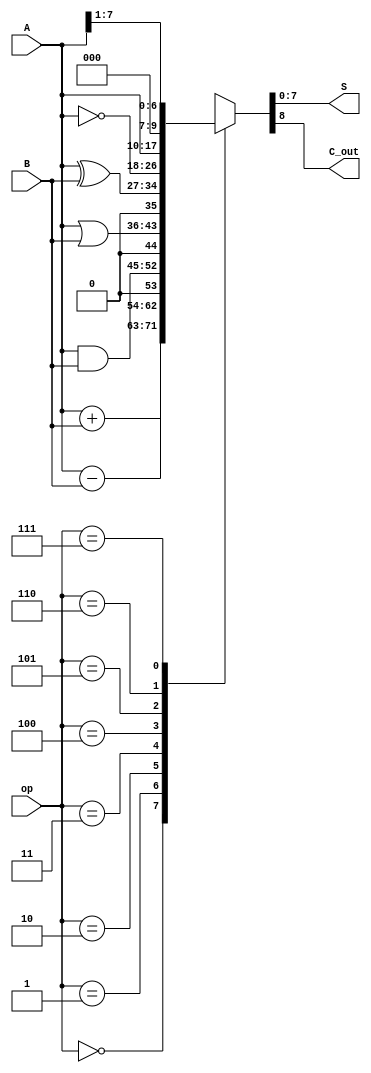
/* ALU 8bit */
module ALU(A, B, op, S, C_out);

input [7:0] A, B;
input [2:0] op;
output [7:0] S;
output C_out;

wire [7:0] A, B, S;
wire [2:0] op;
wire C_out;

assign {C_out, S} = dec(op, A, B);

function [8:0] dec;
    input [2:0] op;
    input [7:0] A, B;

    case (op)
        3'b000: dec = A + B;    // add
        3'b001: dec = A - B;    // subtract
        3'b010: dec = A & B;    // and
        3'b011: dec = A | B;    // or
        3'b100: dec = A ^ B;    // xor
        3'b101: dec = ~A;       // not
        3'b110: dec = A << 1;   // 1bit left shift
        3'b111: dec = A >> 1;   // 1bit right shift
        default: dec = 8'bxxxxxxxx;
    endcase

endfunction

endmodule